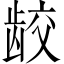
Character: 𫜪